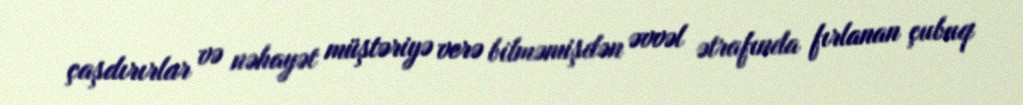
çaşdırırlar və nəhayət müştəriyə verə bilməmişdən əvvəl ətrafında fırlanan çubuq